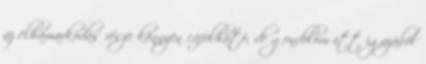
az elhamarkodás része könnyen cáfolható, de gondolom itt igazából